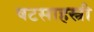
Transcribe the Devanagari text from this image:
षटसाहस्त्री